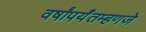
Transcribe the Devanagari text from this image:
वर्षांपर्यंतम्हणजे